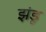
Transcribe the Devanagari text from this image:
झंडू